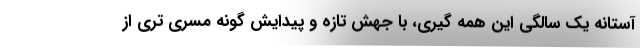
آستانه یک سالگی این همه گیری، با جهش تازه و پیدایش گونه مسری تری از